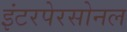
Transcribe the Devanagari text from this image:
इंटरपेरसोनल